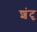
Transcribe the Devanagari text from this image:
शंदृ